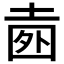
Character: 𡍐